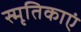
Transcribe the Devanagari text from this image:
स्मृतिकाएं